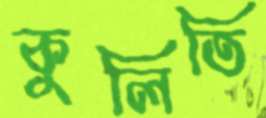
কুলিতি